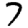
Digit: 7